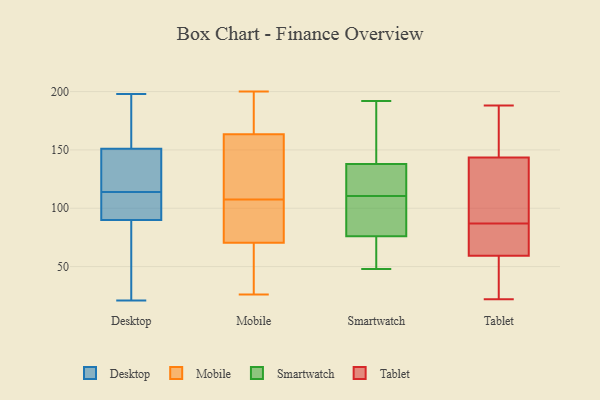
{"axis": {"x": "Headcount", "y": "Value"}, "legend": ["Desktop", "Mobile", "Smartwatch", "Tablet"], "data": [{"x": "", "y": 144, "type": "Desktop"}, {"x": "", "y": 189, "type": "Desktop"}, {"x": "", "y": 143, "type": "Desktop"}, {"x": "", "y": 21, "type": "Desktop"}, {"x": "", "y": 151, "type": "Desktop"}, {"x": "", "y": 49, "type": "Desktop"}, {"x": "", "y": 191, "type": "Desktop"}, {"x": "", "y": 92, "type": "Desktop"}, {"x": "", "y": 177, "type": "Desktop"}, {"x": "", "y": 198, "type": "Desktop"}, {"x": "", "y": 28, "type": "Desktop"}, {"x": "", "y": 25, "type": "Desktop"}, {"x": "", "y": 136, "type": "Desktop"}, {"x": "", "y": 90, "type": "Desktop"}, {"x": "", "y": 117, "type": "Desktop"}, {"x": "", "y": 104, "type": "Desktop"}, {"x": "", "y": 108, "type": "Desktop"}, {"x": "", "y": 111, "type": "Desktop"}, {"x": "", "y": 139, "type": "Mobile"}, {"x": "", "y": 99, "type": "Mobile"}, {"x": "", "y": 84, "type": "Mobile"}, {"x": "", "y": 124, "type": "Mobile"}, {"x": "", "y": 26, "type": "Mobile"}, {"x": "", "y": 112, "type": "Mobile"}, {"x": "", "y": 167, "type": "Mobile"}, {"x": "", "y": 66, "type": "Mobile"}, {"x": "", "y": 189, "type": "Mobile"}, {"x": "", "y": 66, "type": "Mobile"}, {"x": "", "y": 128, "type": "Mobile"}, {"x": "", "y": 33, "type": "Mobile"}, {"x": "", "y": 79, "type": "Mobile"}, {"x": "", "y": 198, "type": "Mobile"}, {"x": "", "y": 200, "type": "Mobile"}, {"x": "", "y": 103, "type": "Mobile"}, {"x": "", "y": 160, "type": "Mobile"}, {"x": "", "y": 75, "type": "Mobile"}, {"x": "", "y": 190, "type": "Mobile"}, {"x": "", "y": 38, "type": "Mobile"}, {"x": "", "y": 121, "type": "Smartwatch"}, {"x": "", "y": 130, "type": "Smartwatch"}, {"x": "", "y": 138, "type": "Smartwatch"}, {"x": "", "y": 57, "type": "Smartwatch"}, {"x": "", "y": 52, "type": "Smartwatch"}, {"x": "", "y": 143, "type": "Smartwatch"}, {"x": "", "y": 135, "type": "Smartwatch"}, {"x": "", "y": 124, "type": "Smartwatch"}, {"x": "", "y": 149, "type": "Smartwatch"}, {"x": "", "y": 48, "type": "Smartwatch"}, {"x": "", "y": 76, "type": "Smartwatch"}, {"x": "", "y": 83, "type": "Smartwatch"}, {"x": "", "y": 67, "type": "Smartwatch"}, {"x": "", "y": 192, "type": "Smartwatch"}, {"x": "", "y": 88, "type": "Smartwatch"}, {"x": "", "y": 100, "type": "Smartwatch"}, {"x": "", "y": 76, "type": "Smartwatch"}, {"x": "", "y": 189, "type": "Smartwatch"}, {"x": "", "y": 136, "type": "Tablet"}, {"x": "", "y": 87, "type": "Tablet"}, {"x": "", "y": 95, "type": "Tablet"}, {"x": "", "y": 28, "type": "Tablet"}, {"x": "", "y": 68, "type": "Tablet"}, {"x": "", "y": 82, "type": "Tablet"}, {"x": "", "y": 188, "type": "Tablet"}, {"x": "", "y": 22, "type": "Tablet"}, {"x": "", "y": 120, "type": "Tablet"}, {"x": "", "y": 173, "type": "Tablet"}, {"x": "", "y": 166, "type": "Tablet"}, {"x": "", "y": 68, "type": "Tablet"}, {"x": "", "y": 33, "type": "Tablet"}]}